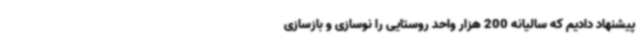
پیشنهاد دادیم که سالیانه 200 هزار واحد روستایی را نوسازی و بازسازی